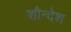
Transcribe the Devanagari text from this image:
शौन्देश